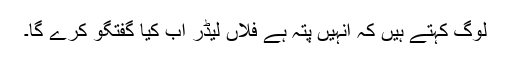
لوگ کہتے ہیں کہ انہیں پتہ ہے فلاں لیڈر اب کیا گفتگو کرے گا۔